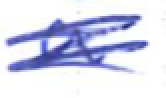
Text: a
Cross-out: scratch
Writing tool: ballpoint